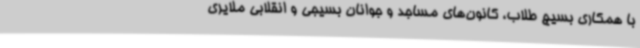
با همکاری بسیج طلاب، کانون‌های مساجد و جوانان بسیجی و انقلابی ملایری